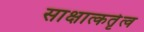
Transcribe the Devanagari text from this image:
साक्षात्कर्तृत्व